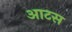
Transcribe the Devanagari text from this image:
आटस